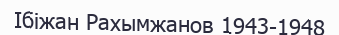
Ібіжан Рахымжанов 1943-1948